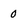
Character: 0